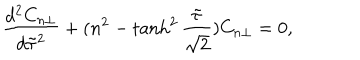
\frac { d ^ { 2 } C _ { n \perp } } { d \tilde { \tau } ^ { 2 } } + ( n ^ { 2 } - \tanh ^ { 2 } \frac { \tilde { \tau } } { \sqrt { 2 } } ) C _ { n \perp } = 0 ,